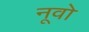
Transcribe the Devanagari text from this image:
नूवो